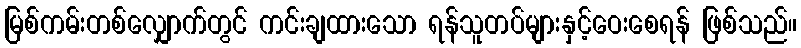
မြစ်ကမ်းတစ်လျှောက်တွင် ကင်းချထားသော ရန်သူတပ်များနှင့်ဝေးစေရန် ဖြစ်သည်။